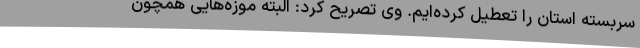
سربسته استان را تعطیل کرده‌ایم. وی تصریح کرد: البته موزه‌هایی همچون